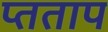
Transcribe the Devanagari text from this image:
प्तताप